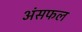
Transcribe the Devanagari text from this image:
अंसफल